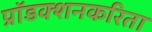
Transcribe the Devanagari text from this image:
प्रॉडक्शनकरिता